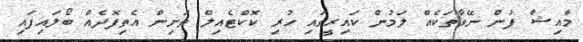
މާއިޝާ ފުން ނޭވާތަކެއް ލަމުން ކައިރީގައި ހުރި ކޮކްޓެއިލް ތަށިން އެތިފޮދެއް ބޯލައިފައި